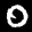
Digit: 0